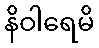
နိဝါရေမိ